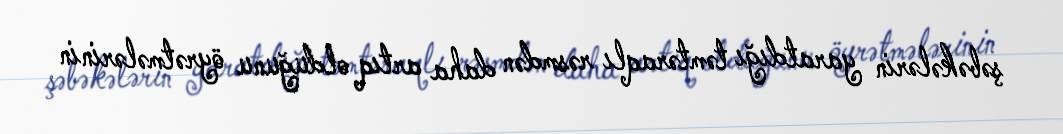
şəbəkələrin yaratdığı təmtəraqlı rəsmdən daha artıq olduğunu öyrətmələrinin